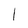
Character: l